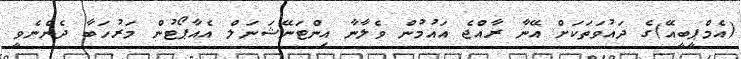
(އެމްޕީބީއޭ)ގެ ދައުވަތަކަށް އޭނާ ރާއްޖެ އައުމުން ވެލާނާ އިންޓަނޭޝަނަލް އެއާޕޯޓުން މަރުހަބާ ދެންނެވީ